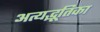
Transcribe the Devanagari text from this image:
अत्यद्भूतिका